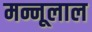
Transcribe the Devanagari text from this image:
मन्नूलाल